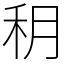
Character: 䄴